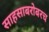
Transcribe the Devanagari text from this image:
साहसाबरोबरच